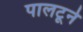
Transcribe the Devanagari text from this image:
पालटूने